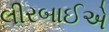
લીરબાઈએ